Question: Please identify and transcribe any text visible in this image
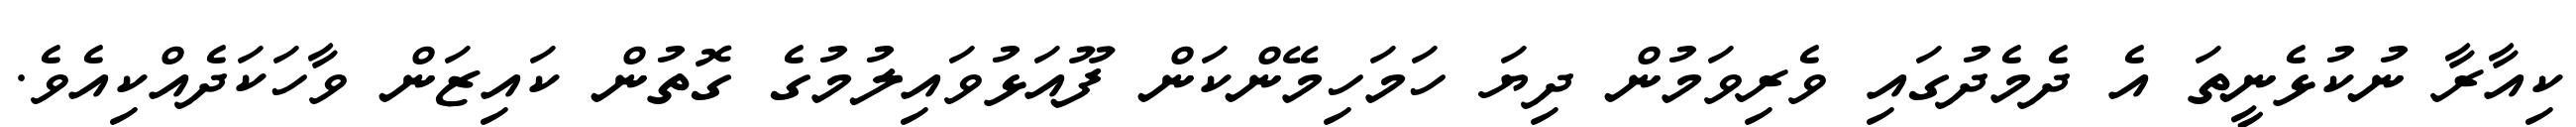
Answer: ކިއާރާ ނުކުޅެނީތަ އެ ދެމެދުގައި ވެރިވަމުން ދިޔަ ހަމަހިމޭންކަން ފޫއަޅުވައިލުމުގެ ގޮތުން ކައިޒަން ވާހަކަދެއްކިއެވެ.